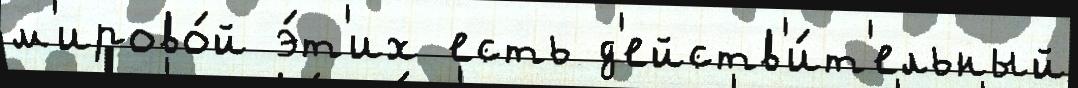
м'ирово́й э́т'их есть д'ейств'и́т'ельный